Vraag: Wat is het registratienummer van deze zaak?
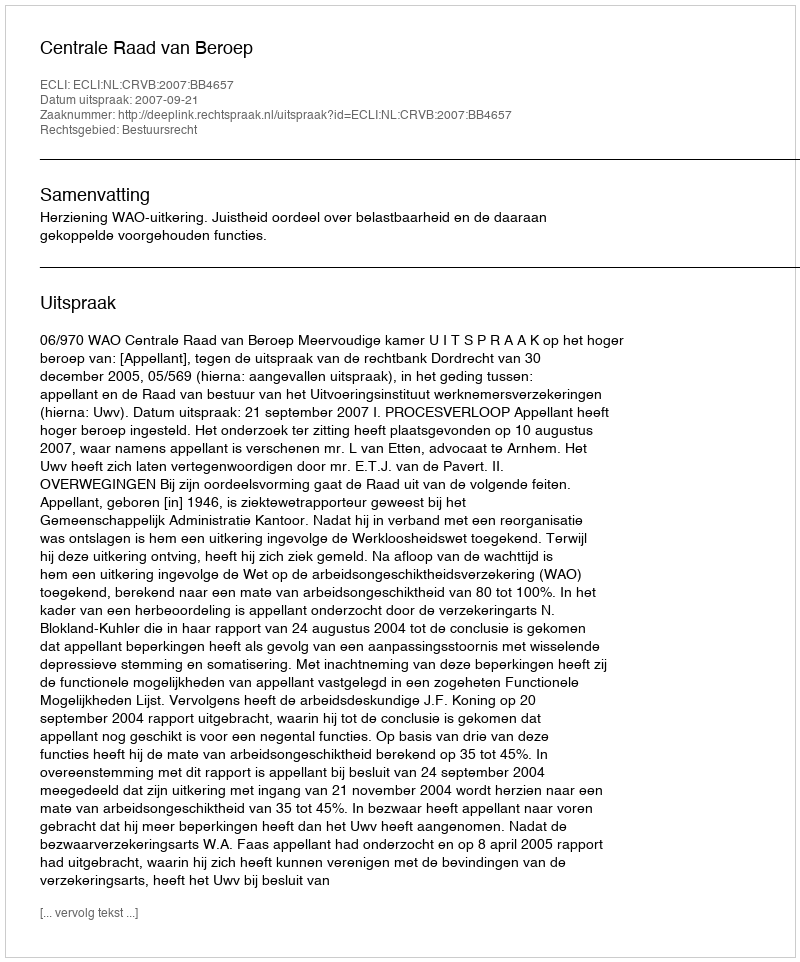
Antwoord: http://deeplink.rechtspraak.nl/uitspraak?id=ECLI:NL:CRVB:2007:BB4657